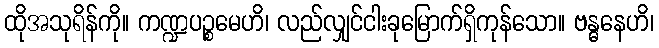
ထိုအသုရိန်ကို။ ကဏ္ဍပဉ္စမေဟိ၊ လည်လျှင်ငါးခုမြောက်ရှိကုန်သော။ ဗန္ဓနေဟိ၊